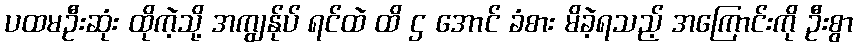
ပထမဦးဆုံး ထိုကဲ့သို့ အကျွန်ုပ် ရင်ထဲ ထိ ဌ အောင် ခံစား မိခဲ့ရသည့် အကြောင်းကို ဦးစွာ